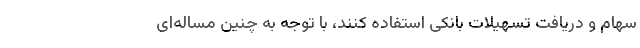
سهام و دریافت تسهیلات بانکی استفاده کنند، با توجه به چنین مساله‌ای